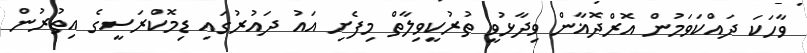
ވާހަކަ ދައްކަވަމުން އޮރްދޮޣާން ވިދާޅުވީ ތުރުކީވިލާތް މިފެށި އައު ދައުރުގައި ޑިމޮކްރަސީގެ އިތުރުން